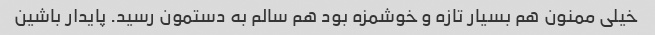
خیلی ممنون هم بسیار تازه و خوشمزه بود هم سالم به دستمون رسید. پایدار باشین